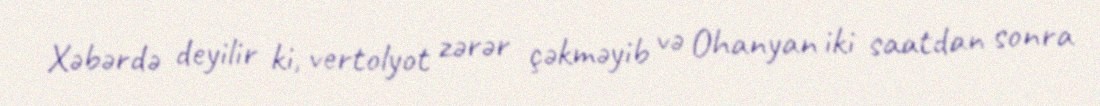
Xəbərdə deyilir ki, vertolyot zərər çəkməyib və Ohanyan iki saatdan sonra